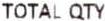
TOTAL QTY